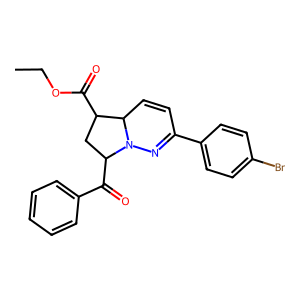
SMILES: CCOC(=O)C1CC(C(=O)c2ccccc2)N2N=C(c3ccc(Br)cc3)C=CC12
Inhibits HIV replication: No